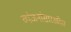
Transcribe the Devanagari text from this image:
व्यंजनांसारखीच